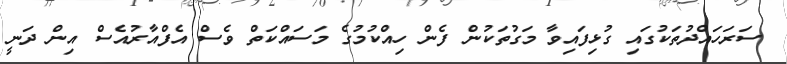
ސަރަހައްދުތަކުގައި ގުޅިފައިވާ މަގުތަކުން ފެން ހިއްކުމުގެ މަސައްކަތް ވެސް އެފްއާރުއެސް އިން ދަނީ